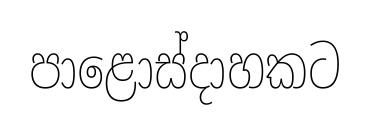
පාළොස්දාහකට